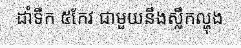
ដាំទឹក ៥កែវ ជាមួយនឹងស្លឹកល្ហុង